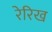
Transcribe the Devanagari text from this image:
रेरिख